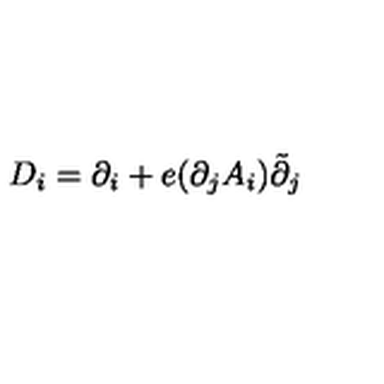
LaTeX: D _ { i } = \partial _ { i } + e ( \partial _ { j } A _ { i } ) \tilde { \partial } _ { j }